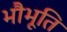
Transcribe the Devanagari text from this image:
भौभूति